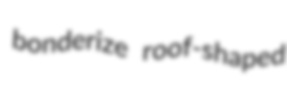
bonderize roof-shaped